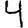
Digit: 4